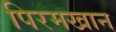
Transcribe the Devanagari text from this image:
पिरमखान